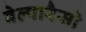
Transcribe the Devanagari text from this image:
वेल्पारैसो